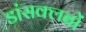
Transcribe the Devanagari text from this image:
डांसक्लबों